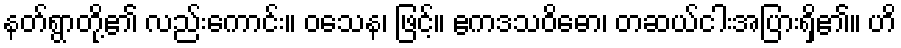
နတ်ရွာတို့၏ လည်းကောင်း။ ဝသေန၊ ဖြင့်။ ဧကဒသဝိဓော၊ တဆယ်ငါးအပြားရှိ၏။ ဟိ